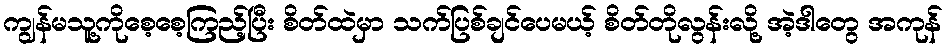
ကျွန်မသူ့ကိုစေ့စေ့ကြည့်ပြီး စိတ်ထဲမှာ သက်ပြစ်ချင်ပေမယ့် စိတ်တိုလွန်းလို့ အဲ့ဒါတွေ အကုန်